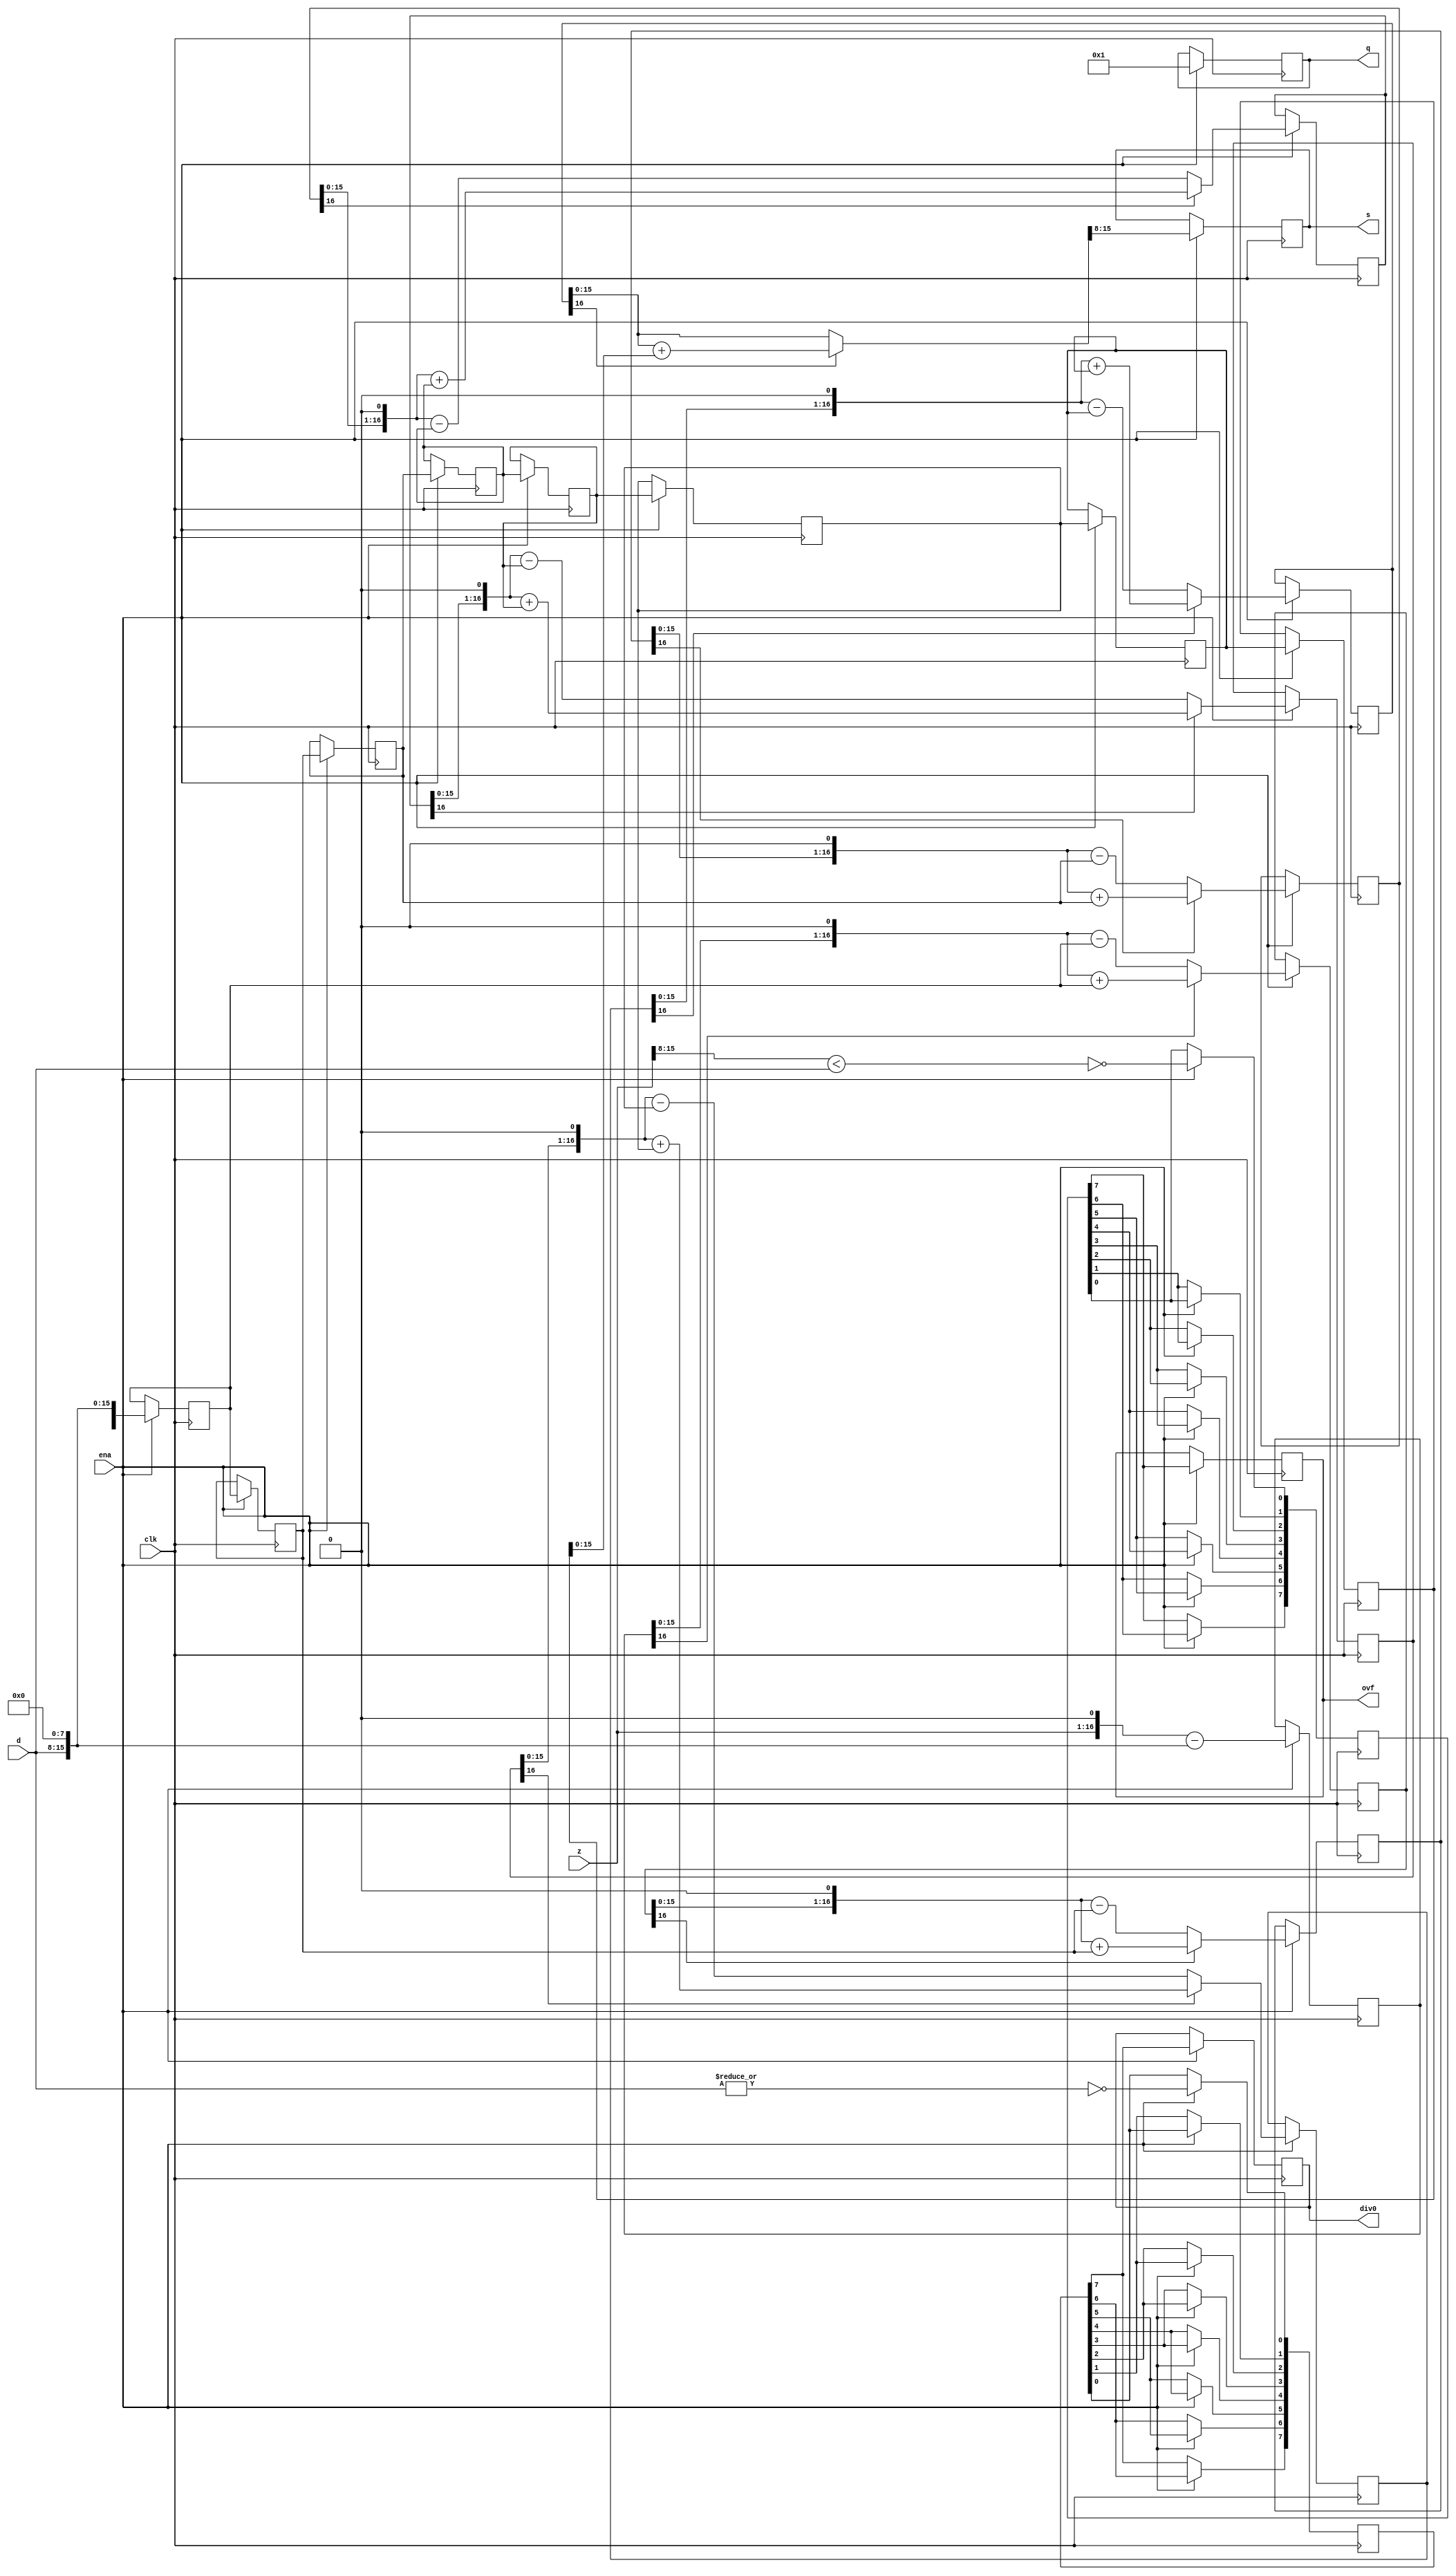
module div_uu(clk, ena, z, d, q, s, div0, ovf);

	//
	// parameters
	//
	parameter z_width = 16;
	parameter d_width = z_width /2;
	
	//
	// inputs & outputs
	//
	input clk;               // system clock
	input ena;               // clock enable

	input  [z_width -1:0] z; // divident
	input  [d_width -1:0] d; // divisor
	output [d_width -1:0] q; // quotient
	output [d_width -1:0] s; // remainder
	output div0;
	output ovf;
	reg [d_width-1:0] q;
	reg [d_width-1:0] s;
	reg div0;
	reg ovf;

	//	
	// functions
	//
	function [z_width:0] gen_s;
		input [z_width:0] si;
		input [z_width:0] di;
	begin
	  if(si[z_width])
	    gen_s = {si[z_width-1:0], 1'b0} + di;
	  else
	    gen_s = {si[z_width-1:0], 1'b0} - di;
	end
	endfunction

	function [d_width-1:0] gen_q;
		input [d_width-1:0] qi;
		input [z_width:0] si;
	begin
	  gen_q = {qi[d_width-2:0], ~si[z_width]};
	end
	endfunction

	function [d_width-1:0] assign_s;
		input [z_width:0] si;
		input [z_width:0] di;
		reg [z_width:0] tmp;
	begin
	  if(si[z_width])
	    tmp = si + di;
	  else
	    tmp = si;

	  assign_s = tmp[z_width-1:z_width-d_width];
	end
	endfunction

	//
	// variables
	//
	reg [d_width-1:0] q_pipe  [d_width-1:0];
	reg [z_width:0] s_pipe  [d_width:0];
	reg [z_width:0] d_pipe  [d_width:0];

	reg [d_width:0] div0_pipe, ovf_pipe;
	//
	// perform parameter checks
	//
	// synopsys translate_off
	initial
	begin
	  if(d_width !== z_width / 2)
	    $display("div.v parameter error (d_width != z_width/2).");
	end
	// synopsys translate_on

	integer n0, n1, n2, n3;

	// generate divisor (d) pipe
	always @(d)
	  d_pipe[0] <= {1'b0, d, {(z_width-d_width){1'b0}} };

	always @(posedge clk)
	  if(ena)
	    for(n0=1; n0 <= d_width; n0=n0+1)
	       d_pipe[n0] <= #1 d_pipe[n0-1];

	// generate internal remainder pipe
	always @(z)
	  s_pipe[0] <= z;

	always @(posedge clk)
	  if(ena)
	    for(n1=1; n1 <= d_width; n1=n1+1)
	       s_pipe[n1] <= #1 gen_s(s_pipe[n1-1], d_pipe[n1-1]);

	// generate quotient pipe
	always @(posedge clk)
	  q_pipe[0] <= #1 0;

	always @(posedge clk)
	  if(ena)
	    for(n2=1; n2 < d_width; n2=n2+1)
	       q_pipe[n2] <= #1 gen_q(q_pipe[n2-1], s_pipe[n2]);


	// flags (divide_by_zero, overflow)
	always @(z or d)
	begin
	  ovf_pipe[0]  <= !(z[z_width-1:d_width] < d);
	  div0_pipe[0] <= ~|d;
	end

	always @(posedge clk)
	  if(ena)
	    for(n3=1; n3 <= d_width; n3=n3+1)
	    begin
	        ovf_pipe[n3] <= #1 ovf_pipe[n3-1];
	        div0_pipe[n3] <= #1 div0_pipe[n3-1];
	    end

	// assign outputs
	always @(posedge clk)
	  if(ena)
	    ovf <= #1 ovf_pipe[d_width];

	always @(posedge clk)
	  if(ena)
	    div0 <= #1 div0_pipe[d_width];

	always @(posedge clk)
	  if(ena)
//BUG HERE
//	    q <= #1 gen_q(q_pipe[d_width-1], s_pipe[d_width]);
q <= 1;


	always @(posedge clk)
	  if(ena)
	    s <= #1 assign_s(s_pipe[d_width], d_pipe[d_width]);
endmodule